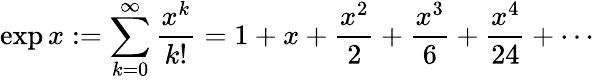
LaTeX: \exp x:=\sum_{k=0}^{\infty}{\frac{x^{k}}{k!}}=1+x+{\frac{x^{2}}{2}}+{\frac{x^{3}}{6}}+{\frac{x^{4}}{24}}+\cdots